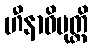
ဟီနာဓိမုတ္တိ